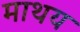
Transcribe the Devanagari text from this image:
माथय